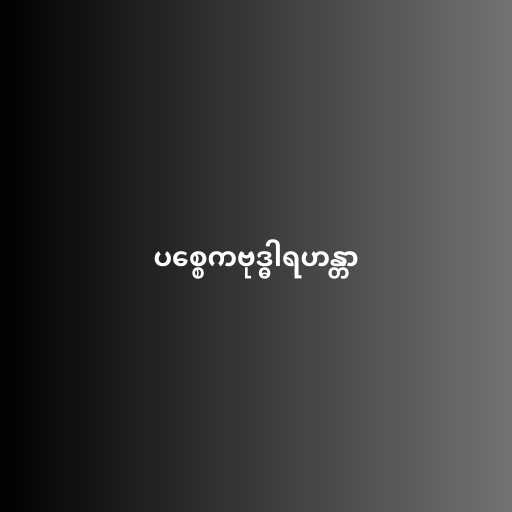
ပစ္စေကဗုဒ္ဓါရဟန္တာ